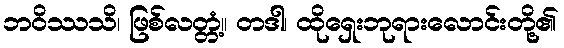
ဘဝိဿသိ၊ ဖြစ်လတ္တံ့။ တဒါ၊ ထိုရှေးဘုရားလောင်းတို့၏